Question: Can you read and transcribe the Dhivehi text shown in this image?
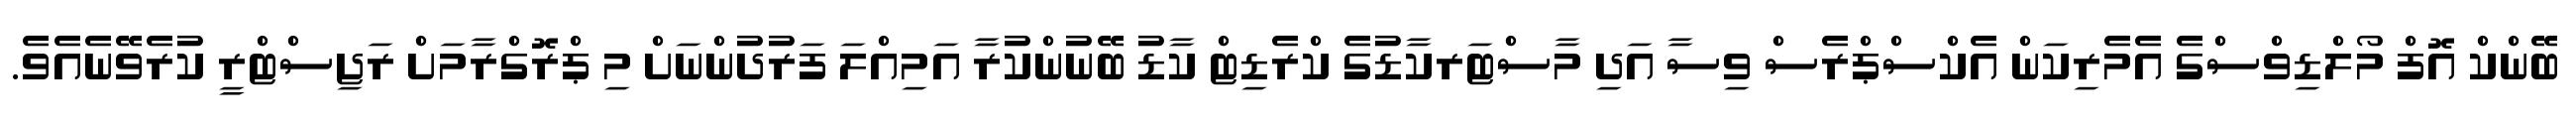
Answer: ބޭންކް އޮފް މޯލްޑިވްސްގެ އެމެރިކަން އެކްސްޕްރެސް ވިސާ އަދި މާސްޓަރކާޑުގެ ކްރެޑިޓް ކާޑު ބޭނުންކުރާ އަމިއްލަ ފަރުދުންނަށް މި ޕްރޮގްރާމަށް ރަޖިސްޓްރީ ކުރެވޭނެއެވެ.